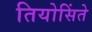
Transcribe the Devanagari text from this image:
तियोसिंते